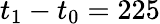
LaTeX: t_{1}-t_{0}=225